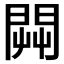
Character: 𨴔